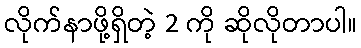
လိုက်နာဖို့ရှိတဲ့ 2 ကို ဆိုလိုတာပါ။